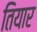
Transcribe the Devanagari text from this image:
तियार